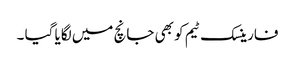
فارینسک ٹیم کو بھی جانچ میں لگایا گیا ۔